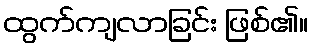
ထွက်ကျလာခြင်း ဖြစ်၏။